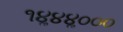
૧૪ૢ૪૪ૢ૦૦૦